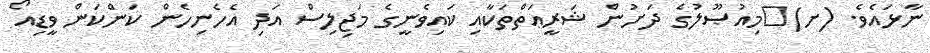
ނާޅައެވެ. (ށ)	މިއުޞޫލުގެ ދަށުން ޝަރީޢަތްތަކާއި ކައިވެނީގެ މަޖިލިސް އަދި އެހެނިހެން ކަންކަން ވީޑިއޯ